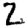
Digit: 2